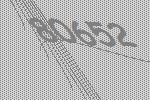
80652